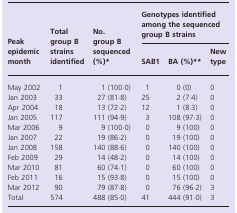
| <ROWSPAN=2> Peak epidemic month | <ROWSPAN=2> Total group B strains identified | <ROWSPAN=2> No. group B sequenced (%)* | <COLSPAN=3> Genotypes identified among the sequenced group B strains |
 | SAB1 | BA (%)** | New type |
 | --- | --- | --- | --- | --- | --- |
 | May 2002 | 1 | 1 (100·0) | 1 | 0 (0) | 0 |
 | Jan 2003 | 33 | 27 (81·8) | 25 | 2 (7·4) | 0 |
 | Apr 2004 | 18 | 13 (72·2) | 12 | 1 (8·3) | 0 |
 | Jan 2005 | 117 | 111 (94·9) | 3 | 108 (97·3) | 0 |
 | Mar 2006 | 9 | 9 (100·0) | 0 | 9 (100) | 0 |
 | Jan 2007 | 22 | 19 (86·2) | 0 | 19 (100) | 0 |
 | Jan 2008 | 158 | 140 (88·6) | 0 | 140 (100) | 0 |
 | Feb 2009 | 29 | 14 (48·2) | 0 | 14 (100) | 0 |
 | Mar 2010 | 81 | 60 (74·1) | 0 | 60 (100) | 0 |
 | Feb 2011 | 16 | 15 (93·8) | 0 | 15 (100) | 0 |
 | Mar 2012 | 90 | 79 (87·8) | 0 | 76 (96·2) | 3 |
 | Total | 574 | 488 (85·0) | 41 | 444 (91·0) | 3 |